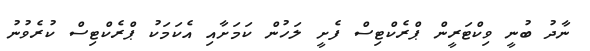
ނާދު ބުނީ ވިކްޓަރީން ޕްރެކްޓިސް ފެށީ ލަހުން ކަމަށާއި އެކަމަކު ޕްރެކްޓިސް ކުރެވުނު